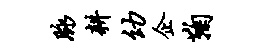
脉耕幼企鞠